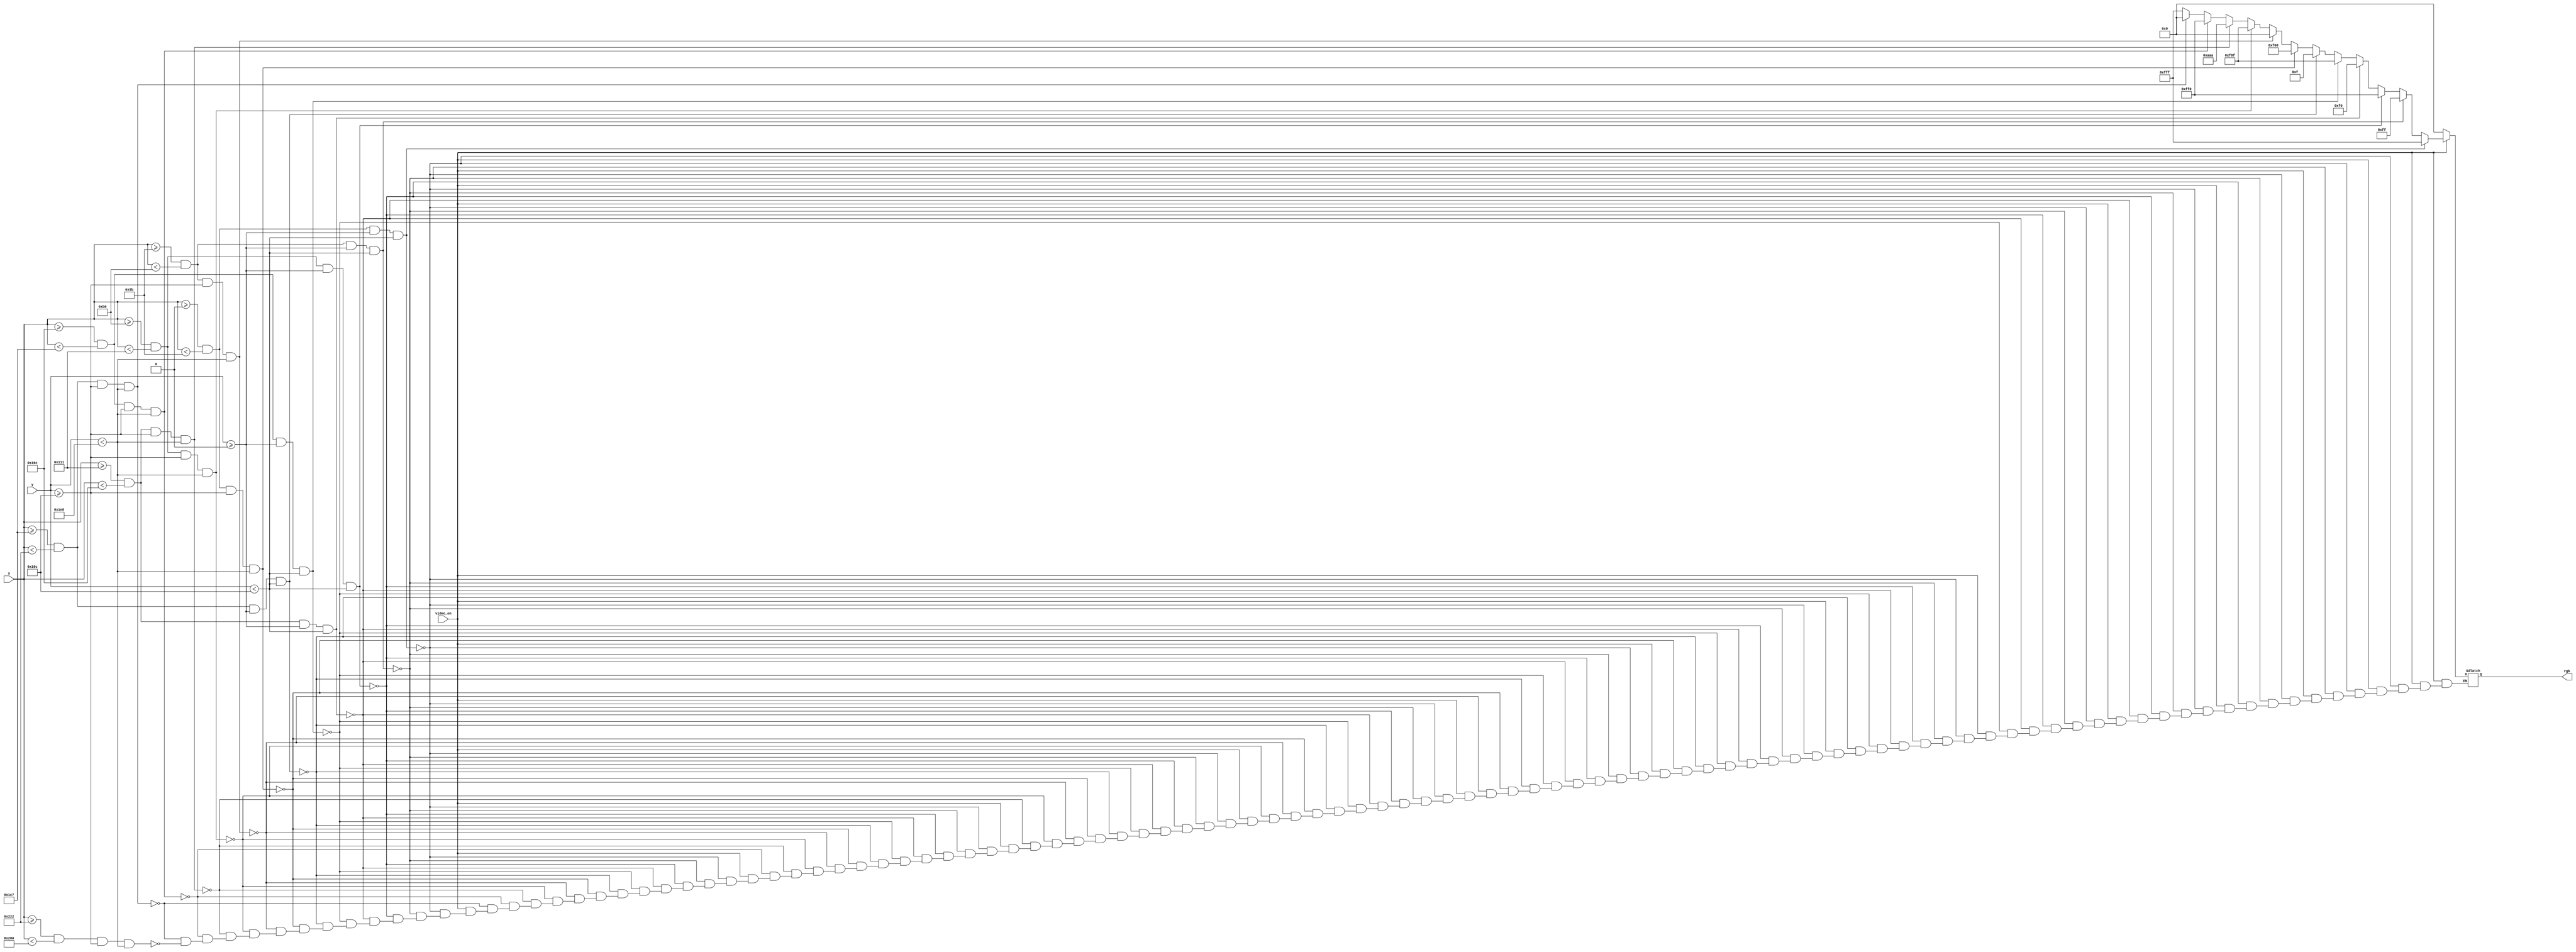
module pixel_generation(
    input video_on,
    input [9:0] x, y,
    output reg[11:0] rgb
);

    // RGB Color Values
    parameter RED       = 12'h00F;
    parameter GREEN     = 12'h0F0;
    parameter BLUE      = 12'hF00;
    parameter YELLOW    = 12'h0FF;  //RED and GREEN
    parameter AQUA      = 12'hFF0;  // GREEN and BLUE
    parameter VIOLET    = 12'hF0F;  // RED and BLUE
    parameter WHITE     = 12'hFFF;  // all ON
    parameter BLACK     = 12'h000;  // all OFF
    parameter GRAY      = 12'hAAA;  // some of each color

    // Pixel location status signals
    wire u_white_on, u_yellow_on, u_aqua_on, u_green_on, u_violet_on, u_red_on, u_blue_on;
    wire l_blue_on, l_black1_on, l_violet_on, l_gray_on, l_aqua_on, l_black2_on, l_white_on;

    // Drivers for Status Signals
    // Upper Sections
    assign u_white_on   = ((x >= 0)   && (x < 91)  && (y >= 0) && (y < 412));
    assign u_yellow_on  = ((x >= 91)  && (x < 182) && (y >= 0) && (y < 412));
    assign u_aqua_on    = ((x >= 182) && (x < 273) && (y >= 0) && (y < 412));
    assign u_green_on   = ((x >= 273) && (x < 364) && (y >= 0) && (y < 412));
    assign u_violet_on  = ((x >= 364) && (x < 455) && (y >= 0) && (y < 412));
    assign u_red_on     = ((x >= 455) && (x < 546) && (y >= 0) && (y < 412));
    assign u_blue_on    = ((x >= 546) && (x < 640) && (y >= 0) && (y < 412));

    // Lower Sections
    assign l_blue_on    = ((x >= 0)   && (x < 91)  && (y >= 412) && (y < 480));
    assign l_black1_on  = ((x >= 91)  && (x < 182) && (y >= 412) && (y < 480));
    assign l_violet_on  = ((x >= 182) && (x < 273) && (y >= 412) && (y < 480));
    assign l_gray_on    = ((x >= 273) && (x < 364) && (y >= 412) && (y < 480));
    assign l_aqua_on    = ((x >= 364) && (x < 455) && (y >= 412) && (y < 480));
    assign l_black2_on  = ((x >= 455) && (x < 546) && (y >= 412) && (y < 480));
    assign l_white_on   = ((x >= 546) && (x < 640) && (y >= 412) && (y < 480));

    // Set RGB output value based on status signals
    always @*
        if (~video_on)
            rgb = BLACK;
        else
            if (u_white_on)
                rgb = WHITE;
            else if (u_yellow_on)
                rgb = YELLOW;
            else if (u_aqua_on)
                rgb = AQUA;
            else if (u_green_on)
                rgb = GREEN;
            else if (u_violet_on)
                rgb = VIOLET;
            else if (u_red_on)
                rgb = RED;
            else if (l_blue_on)
                rgb = BLUE;
            else if (l_black1_on)
                rgb = BLACK;
            else if (l_violet_on)
                rgb = VIOLET;
            else if (l_gray_on)
                rgb = GRAY;
            else if (l_aqua_on)
                rgb = AQUA;
            else if (l_black2_on)
                rgb = BLACK;
            else if (l_white_on)
                rgb = WHITE;


endmodule